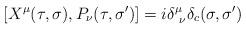
LaTeX: \begin{align*}[X^\mu (\tau ,\sigma ), P_\nu (\tau ,\sigma ')] = i\delta ^{\mu }_{\ \nu } \delta _{c}(\sigma ,\sigma ')\end{align*}